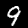
Digit: 9